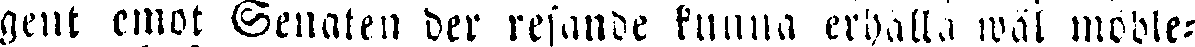
gent emot Senaten der resande kunna erhålla wäl möble-